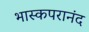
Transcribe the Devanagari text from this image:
भास्कपरानंद